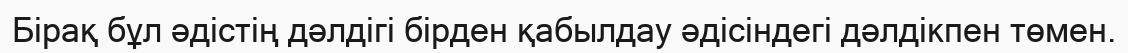
Бірақ бұл әдістің дәлдігі бірден қабылдау әдісіндегі дәлдікпен төмен.